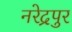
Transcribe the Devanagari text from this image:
नरेद्रपुर